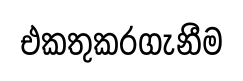
එකතුකරගැනීම